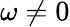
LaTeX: \omega\neq 0